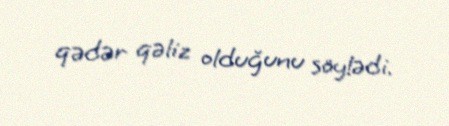
qədər qəliz olduğunu söylədi.